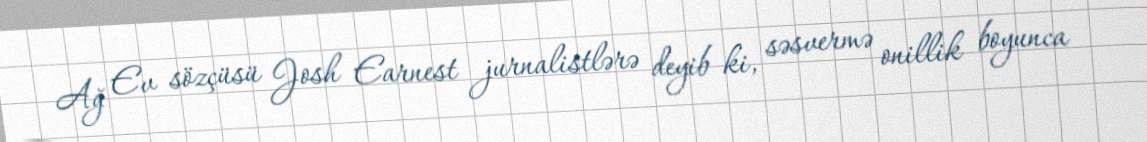
Ağ Ev sözçüsü Josh Earnest jurnalistlərə deyib ki, səsvermə onillik boyunca